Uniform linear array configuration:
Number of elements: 4
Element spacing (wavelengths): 0.75
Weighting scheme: kaiser
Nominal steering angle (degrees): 45
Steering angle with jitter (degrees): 43.063
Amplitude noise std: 0.05
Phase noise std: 0.05

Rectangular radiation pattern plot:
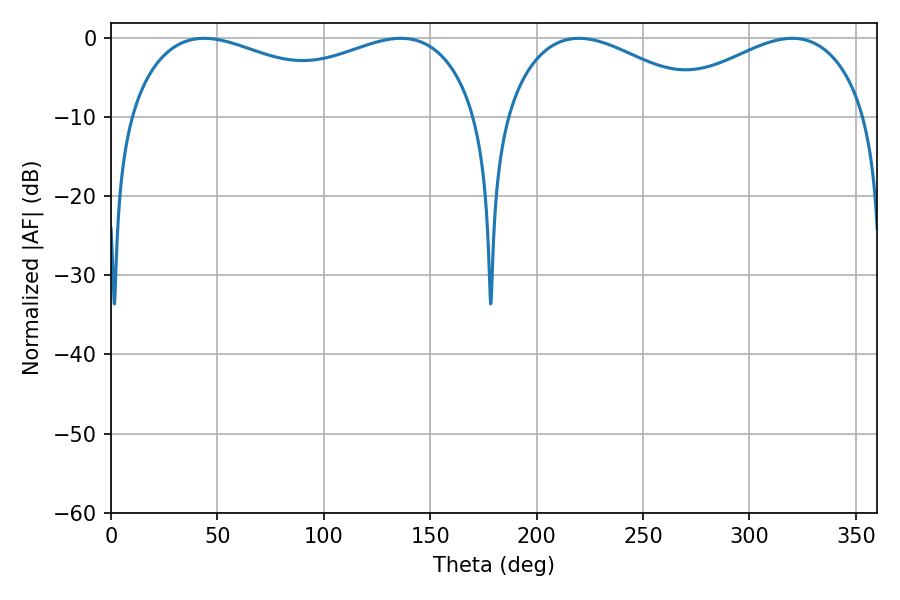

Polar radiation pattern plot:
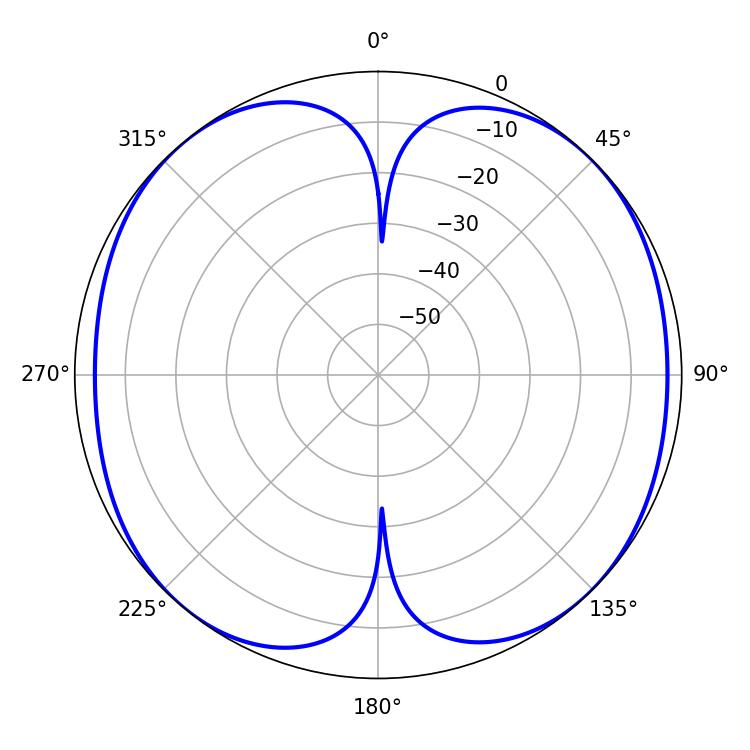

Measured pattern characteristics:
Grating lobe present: TRUE
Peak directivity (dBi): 12.474
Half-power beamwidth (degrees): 135.72
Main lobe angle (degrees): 43.74